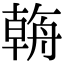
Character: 𦩻